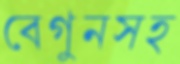
বেগুনসহ